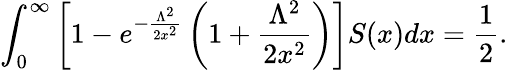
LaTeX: \int_{0}^{\infty}\left[1-e^{-\frac{\Lambda^{2}}{2x^{2}}}\left(1+\frac{\Lambda^{2}}{2x^{2}}\right)\right]S(x)dx=\frac{1}{2}.